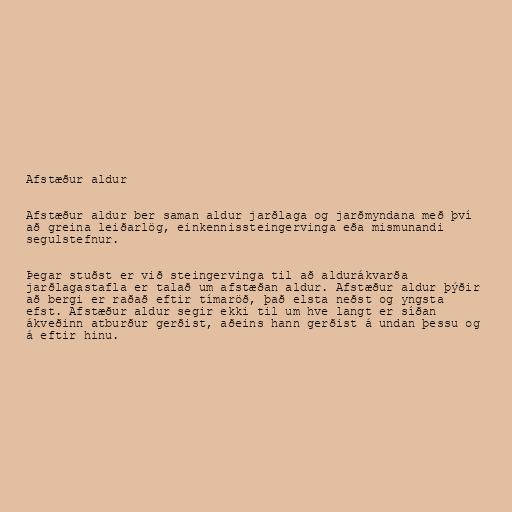
Afstæður aldur

Afstæður aldur ber saman aldur jarðlaga og jarðmyndana með því
að greina leiðarlög, einkennissteingervinga eða mismunandi
segulstefnur.

Þegar stuðst er við steingervinga til að aldurákvarða
jarðlagastafla er talað um afstæðan aldur. Afstæður aldur þýðir
að bergi er raðað eftir tímaröð, það elsta neðst og yngsta
efst. Afstæður aldur segir ekki til um hve langt er síðan
ákveðinn atburður gerðist, aðeins hann gerðist á undan þessu og
á eftir hinu.